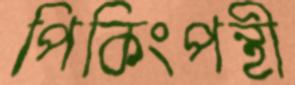
পিকিংপন্থী